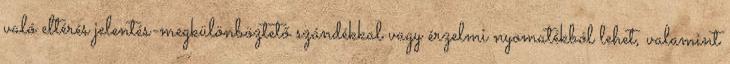
való eltérés jelentés-megkülönböztető szándékkal vagy érzelmi nyomatékból lehet, valamint